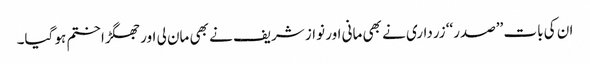
ان کی بات ’’صدر‘‘ زرداری نے بھی مانی اور نواز شریف نے بھی مان لی اور جھگڑا ختم ہو گیا۔